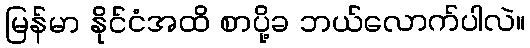
မြန်မာ နိုင်ငံအထိ စာပို့ခ ဘယ်လောက်ပါလဲ။